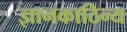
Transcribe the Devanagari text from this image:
ज्ञानकाठिन्य